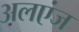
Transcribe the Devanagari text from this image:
अलएंज